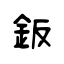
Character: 鈑